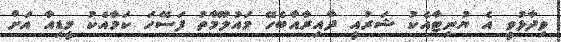
ވިދާޅުވީ އެ ޔުނިޓާއެކު ޝަރުއީ ދާއިރާއާބެހޭ މައުލޫމާތު ފަސޭހަ ކަމާއެކު މީޑިއާ އަށް